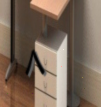
٨